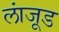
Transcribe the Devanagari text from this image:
लांजूड